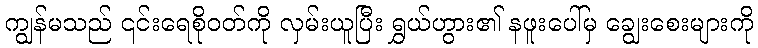
ကျွန်မသည် ၎င်းရေစိုဝတ်ကို လှမ်းယူပြီး ရွှယ်ဟွား၏ နဖူးပေါ်မှ ချွေးစေးများကို